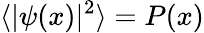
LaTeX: \langle|\psi(x)|^{2}\rangle=P(x)